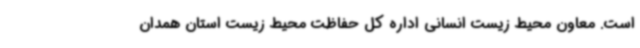
است. معاون محیط زیست انسانی اداره کل حفاظت محیط‌ زیست استان همدان